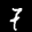
Label: 7